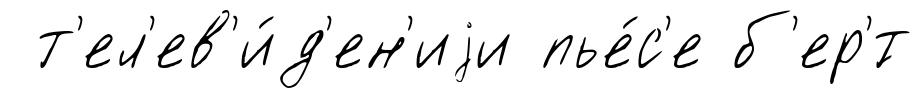
т'ел'ев'и́д'ен'иjи пье́с'е б'ер'́т